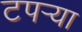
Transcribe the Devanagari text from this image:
टपर्‍या